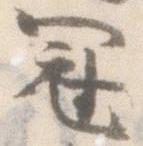
冠